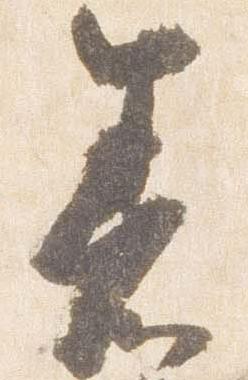
着